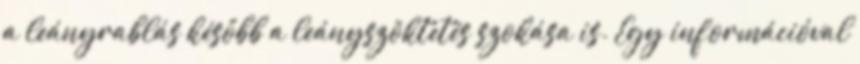
a leányrablás később a leányszöktetés szokása is. Egy információval